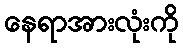
နေရာအားလုံးကို